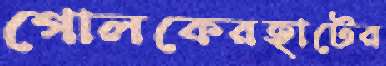
গোলকেরহাটের